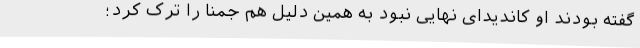
گفته بودند او کاندیدای نهایی نبود به‌ همین ‌دلیل هم جمنا را ترک کرد؛